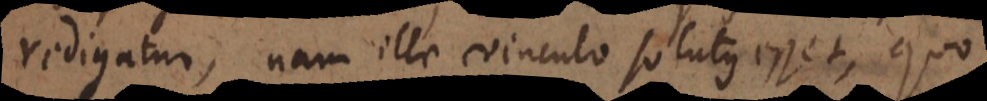
redigatur, nam ille vinculo solutus esset, quo